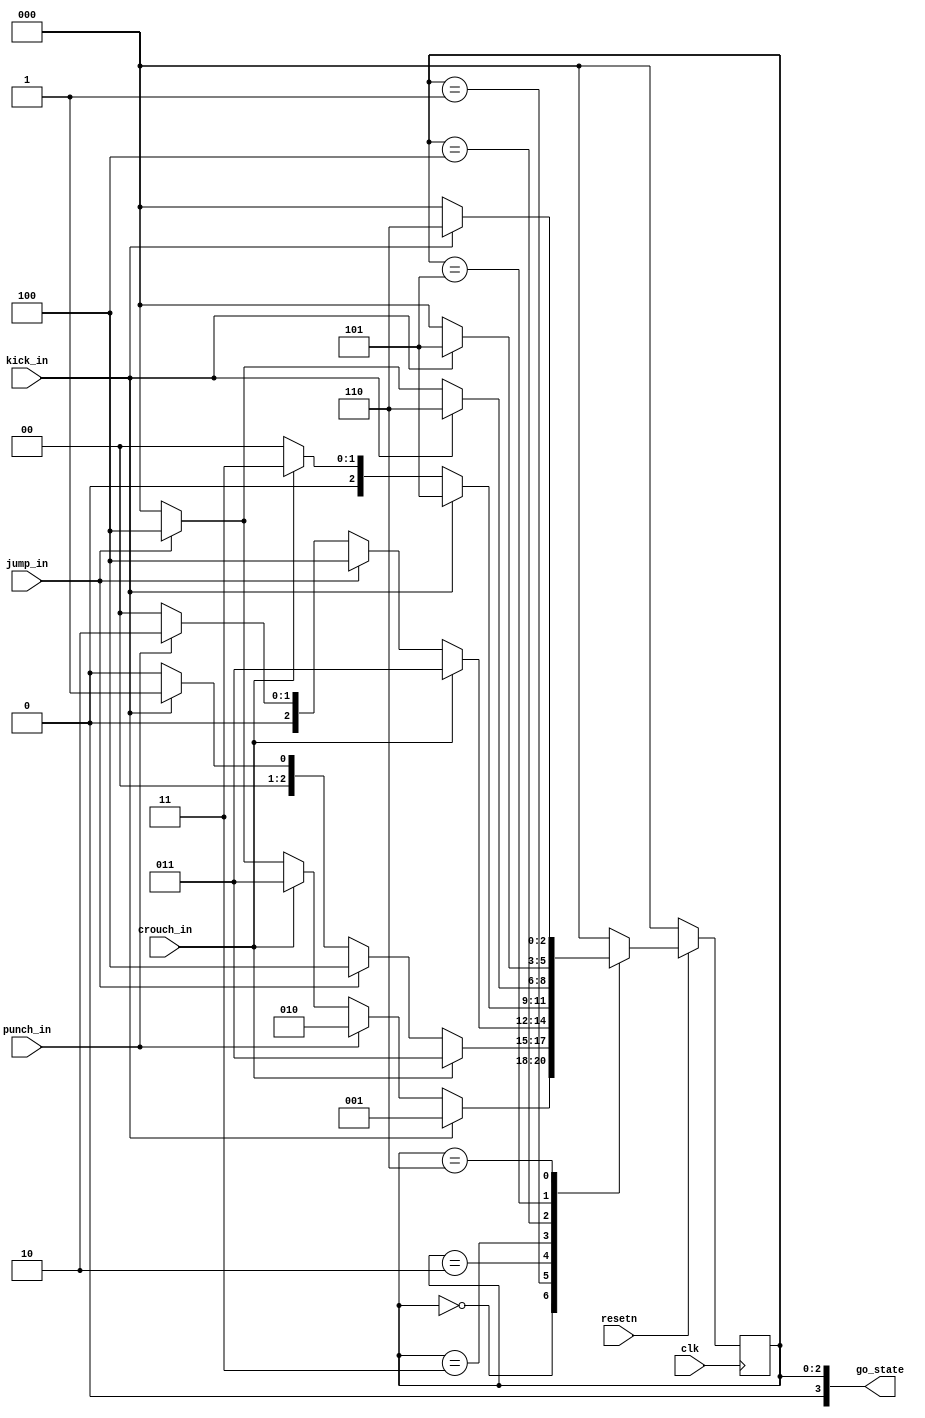
module moves_FSM (clk, resetn, kick_in, punch_in, crouch_in, jump_in, go_state);
	input clk, resetn, kick_in, punch_in, crouch_in, jump_in;
	output [3:0] go_state;
	assign	go_state = current_state;

	//declare four states
	localparam idle_state= 3'b000, kicking_state = 3'b001, punching_state = 3'b010, crouching_state = 3'b011, jumping_state = 3'b100, sweeping_state = 3'b101, jumpkicking_state=3'b110;

	reg [2:0] current_state=idle_state;
	reg [2:0] next_state;
	
	//TRY THIS NOW!!!
	//state transition
	always@(*)
		begin: state_table
			case (current_state)
				idle_state:   
				begin
					if (kick_in) 		next_state = kicking_state;
					else if (punch_in) next_state = punching_state;
					else if (crouch_in) next_state = crouching_state;
					else if (jump_in) next_state = jumping_state;
					else next_state=idle_state;
				end
				kicking_state:
				begin
					if (crouch_in) next_state = crouching_state;
					else if (jump_in) next_state = jumping_state;
					else if (kick_in) next_state = kicking_state;
					else next_state =  idle_state;
				end
				punching_state:
				begin
					if (crouch_in) next_state = crouching_state;
					else if (jump_in) next_state = jumping_state;
					else if (punch_in) next_state = punching_state;
					else next_state =  idle_state;
				end
				crouching_state:
				begin
					if (kick_in) next_state = sweeping_state;
					else if (crouch_in) next_state = crouching_state;
					else next_state =  idle_state;
				end
				jumping_state:
				begin
					if (kick_in) next_state = jumpkicking_state;
					else if (jump_in) next_state = jumping_state;
					else next_state =  idle_state;
				end
				sweeping_state:
				begin
					if (kick_in) next_state = sweeping_state;
					else next_state =  idle_state;
				end
				jumpkicking_state:
				begin 
					if (kick_in) next_state = jumpkicking_state;
					else next_state =  idle_state;
				end
				default: next_state = idle_state;
			endcase
		end
	
	
	//the actual state changes according to the clock edge
	always @(posedge clk)
    begin: state_FFs
         if(resetn == 0)
					current_state <= idle_state;
			else
					current_state <= next_state;
    end

	
endmodule